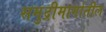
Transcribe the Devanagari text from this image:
समुद्रीमार्गातील